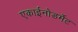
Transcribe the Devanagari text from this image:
एकाईनोडर्मेट